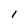
Character: I